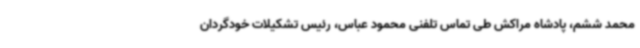
محمد ششم، پادشاه مراکش طی تماس تلفنی محمود عباس، رئیس تشکیلات خودگردان